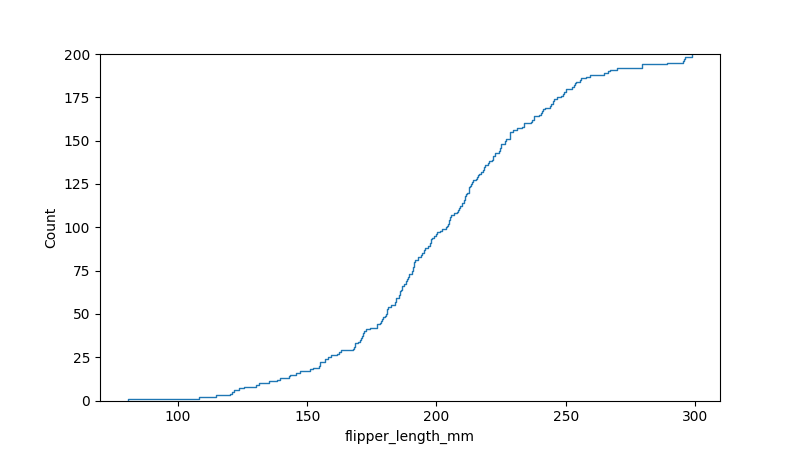
python, seaborn, ecdfplot, column='flipper_length_mm', hue='all', stat='count', linewidth=1.0